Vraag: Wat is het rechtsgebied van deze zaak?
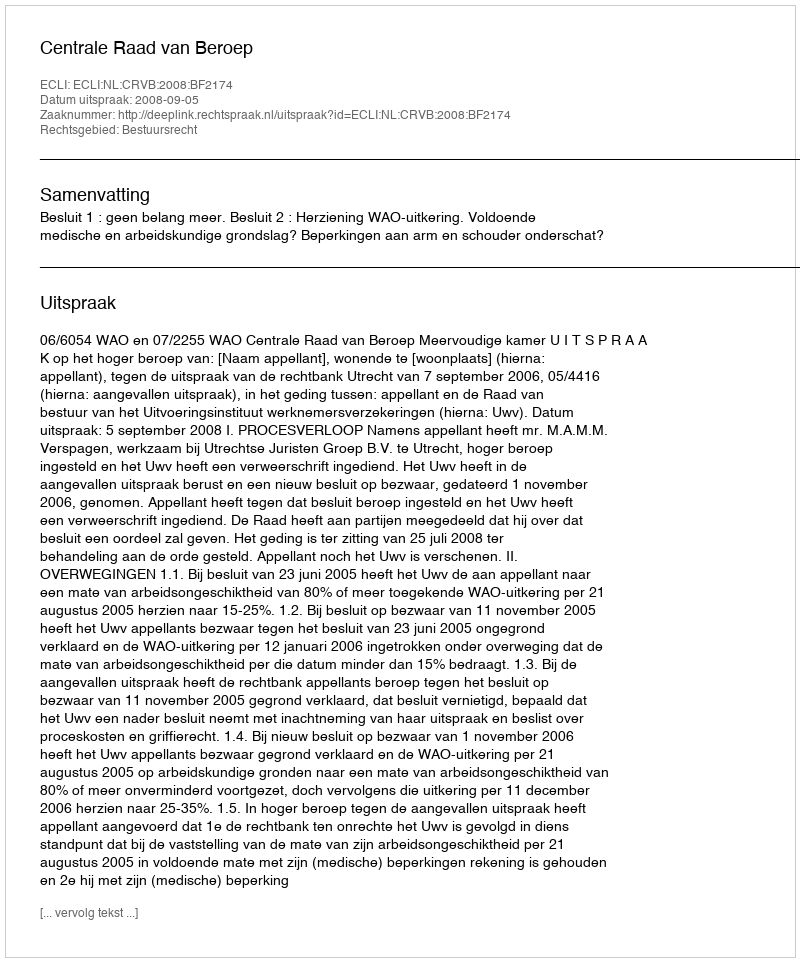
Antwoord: Bestuursrecht